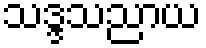
သဒ္ဒသညာယ